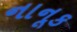
નાનૂક